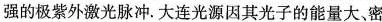
强的极紫外激光脉冲.大连光源因其光子的能量大、密